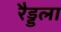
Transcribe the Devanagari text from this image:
रैड्डला